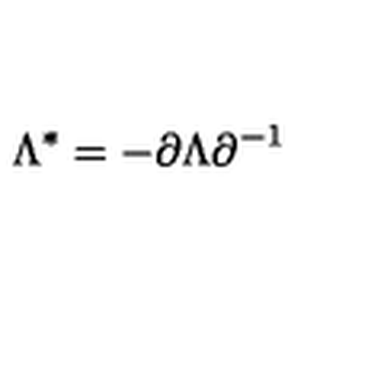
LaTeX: \Lambda ^ { * } = - \partial \Lambda \partial ^ { - 1 }